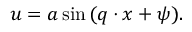
\boldsymbol { u } = \boldsymbol { a } \sin { ( \boldsymbol { q } \cdot \boldsymbol { x } + \psi ) } .